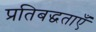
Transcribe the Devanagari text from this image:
प्रतिबद्धताएँ